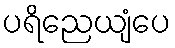
ပရိညေယျံပေ